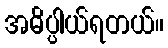
အဓိပ္ပါယ်ရတယ်။